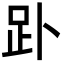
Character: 䟔